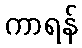
ကာရန်